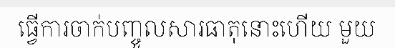
ធ្វើការចាក់បញ្ចូលសារធាតុនោះហើយ មួយ